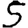
Digit: 5